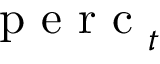
\textrm { p e r c } _ { t }